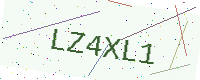
Text: LZ4XL1